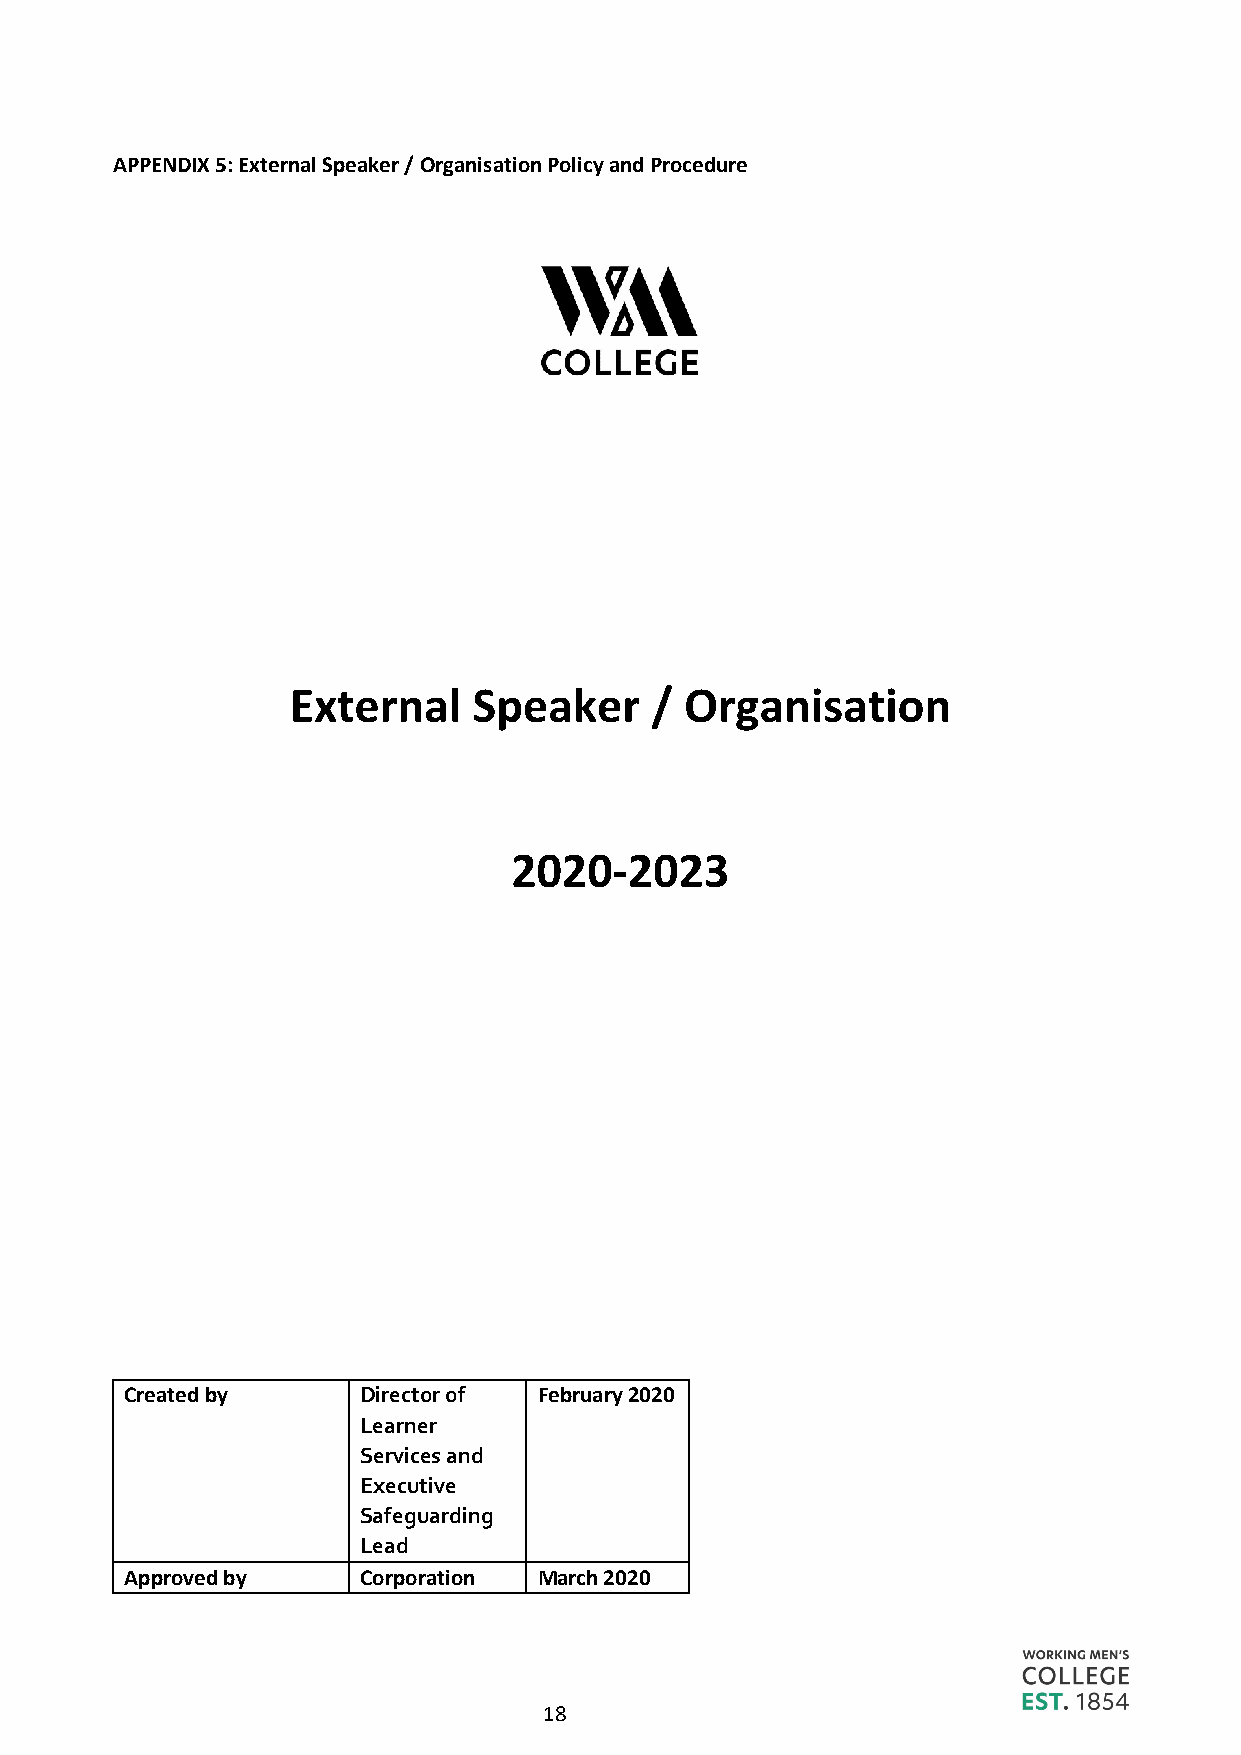
APPENDIX 5: External Speaker / Organisation Policy and Procedure
 External    Speaker     / Organisation
 2020-2023
 Created by      Director of February 2020
 Learner
 Services and
 Executive
 Safeguarding
 Lead
 Approved by     Corporation March 2020
 18